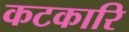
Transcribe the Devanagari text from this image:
कटकारि